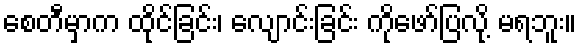
စေတီမှာက ထိုင်ခြင်း၊ လျောင်းခြင်း ကိုဖော်ပြလို့ မရဘူး။